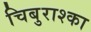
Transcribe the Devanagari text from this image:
चिबुराश्का